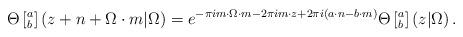
LaTeX: \begin{align*}\Theta \left[^a_b\right]\left(z+n+\Omega\cdot m|\Omega\right)=e^{-\pi i m \cdot\Omega\cdot m -2\pi i m \cdot z+2\pi i (a\cdot n-b\cdot m)}\Theta\left[^a_b\right]\left(z|\Omega\right).\end{align*}